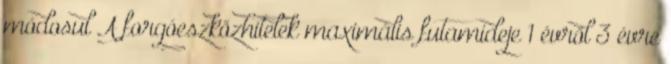
módosul A forgóeszközhitelek maximális futamideje 1 évről 3 évre